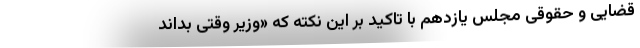
قضایی و حقوقی مجلس یازدهم با تاکید بر این نکته که «وزیر وقتی بداند